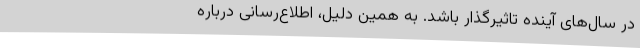
در سال‌های آینده تاثیرگذار باشد. به همین دلیل، اطلاع‌رسانی درباره